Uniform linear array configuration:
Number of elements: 8
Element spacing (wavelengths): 0.75
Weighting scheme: blackman
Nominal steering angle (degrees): -15
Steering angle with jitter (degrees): -15.059
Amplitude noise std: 0.05
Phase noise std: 0.05

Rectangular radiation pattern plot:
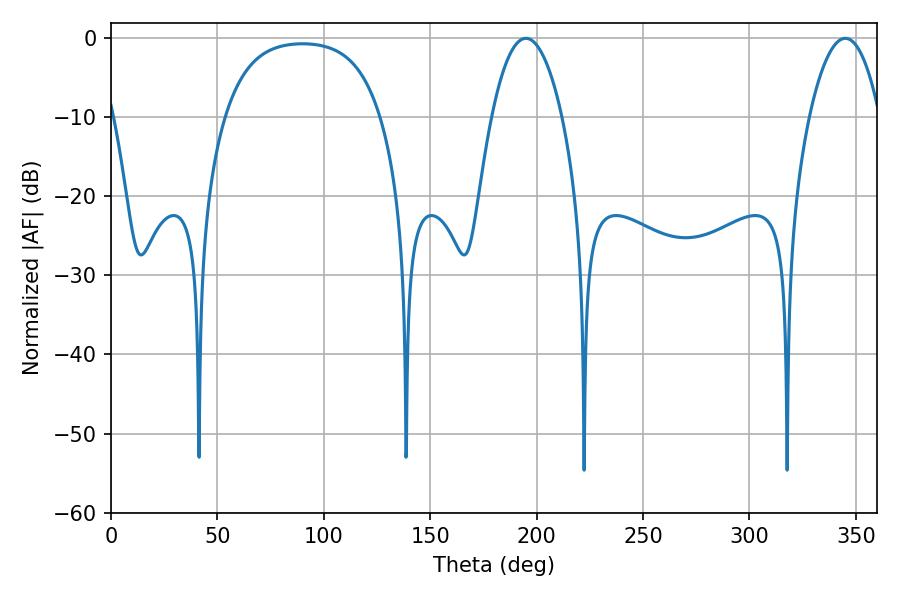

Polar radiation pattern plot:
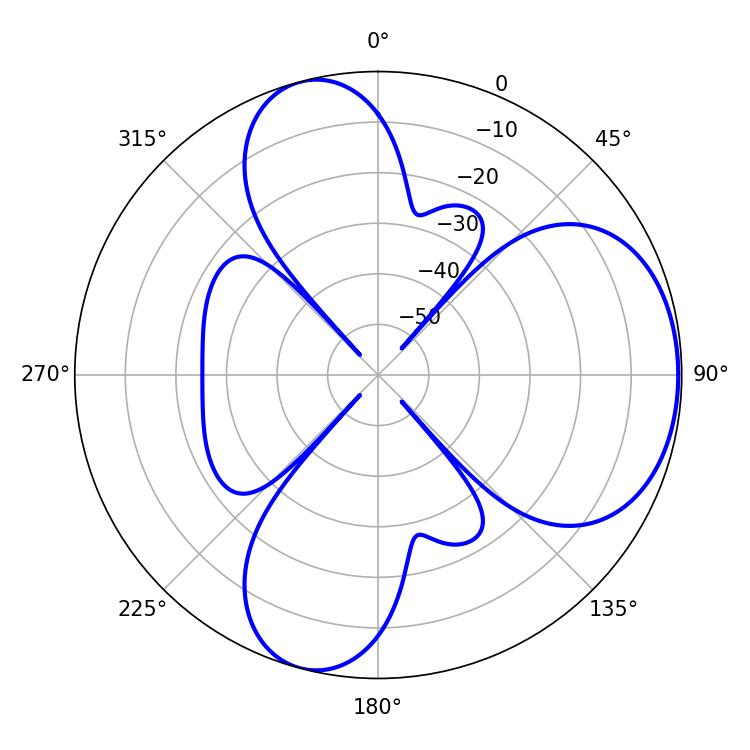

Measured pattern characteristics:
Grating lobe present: TRUE
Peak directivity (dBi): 5.789
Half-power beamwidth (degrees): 18.36
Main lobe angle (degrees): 194.94